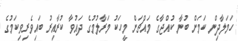
ހަމަލާދިން ކަމަށް ބުނާ ކުއްޖާގެ މައްޗަށް މީހަކު މަރާލުމުގެ ދައުވާ ކުރާއިރު ބައިވެރިވިކަމުގެ